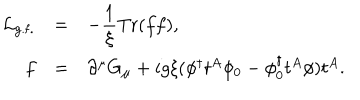
LaTeX: \begin{array} { r c l } { { { \cal L } _ { \mathrm { g . f . } } } } & { { = } } & { { \displaystyle - \frac { 1 } { \xi } \mathrm { T r } ( f f ) , } } \\ { { f } } & { { = } } & { { \partial ^ { \mu } G _ { \mu } + i g \xi ( \phi ^ { \dagger } t ^ { A } \phi _ { 0 } - \phi _ { 0 } ^ { \dagger } t ^ { A } \phi ) t ^ { A } . } } \\ \end{array}